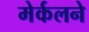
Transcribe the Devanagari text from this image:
मेर्कलने